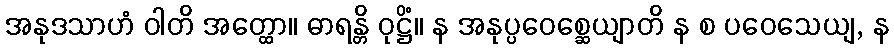
အနုဒသာဟံ ဝါတိ အတ္ထော။ ဓာရန္တိ ဝုဋ္ဌိံ။ န အနုပ္ပဝေစ္ဆေယျာတိ န စ ပဝေသေယျ, န